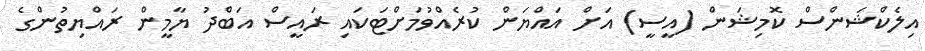
އިލެކްޝަންސް ކޮމިޝަން (އީސީ) އަށް އައްޔަން ކުރެއްވުމަށްޓަކައި ރައީސް އަބްދު ޔާމީން ރައްޔިތުންގެ